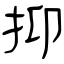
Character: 抑